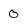
Character: 0